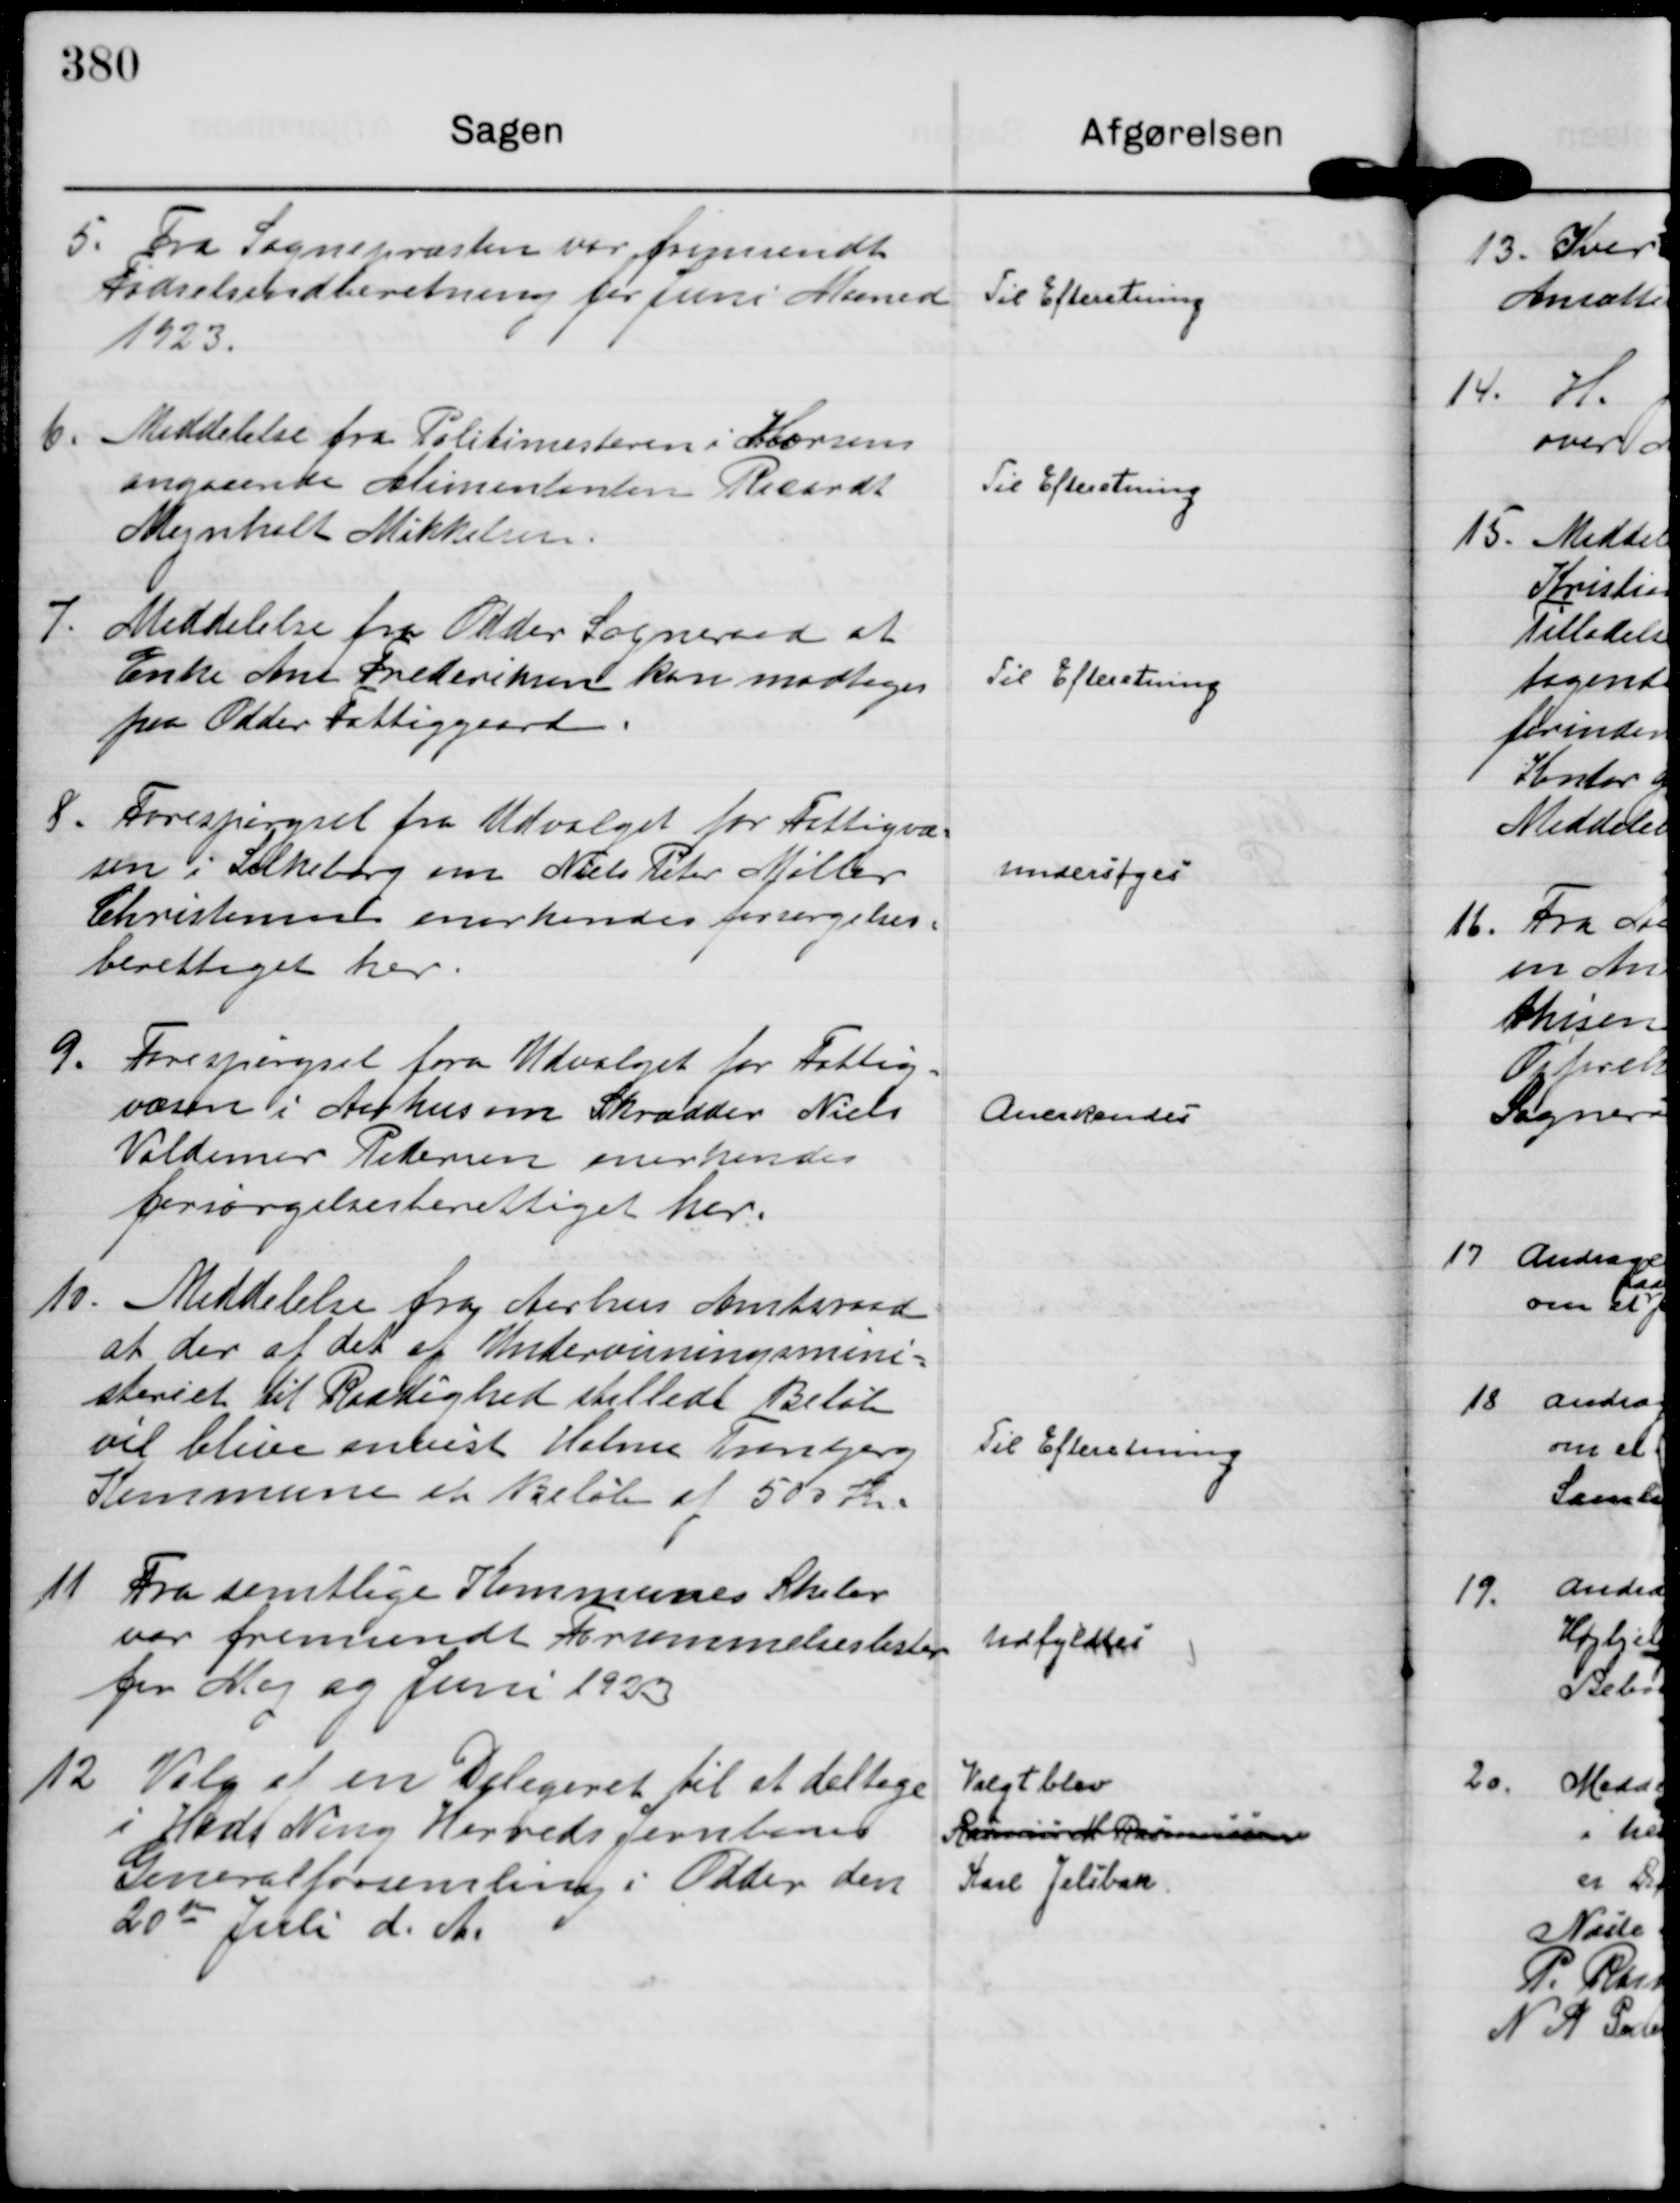
Transskription:
5.
Fra Sognepræsten var fremsendt
Fødselsindberetning for Juni Maaned
1923.

Til Efteretning

6.
Meddelelse fra Politimesteren i Horsens
angaaende Alimentanten Ricardt 
Mejnholt Mikkelsen.

Til Efteretning

7.
Meddelelse fra Odder Sogneraad at
Enke Ane Frederiksen kan modtages
paa Odder Fattiggaard.

Til Efteretning

8.
Forespørgsel fra Udvalget for Fattigvæ=
sen i Silkeborg om Niels Peter Møller
Christensen anerkendes forsørgelses=
berettiget her.

undersøges

9.
Forespørgsel fra Udvalget for Fattig=
væsen i Aarhus om Skrædder Niels
Valdemar Pedersen anerkendes
forsørgelsesberettiget her.

Anerkendes

10.
Meddelelse fra Aarhus Amtsraad
at der af det af Undervisningsmini=
steriet til Raadighed stillede Beløb
vil blive anvist Holme Tranbjerg
Kommune et Beløb af 500 Kr.

Til Efteretning

11
Fra samtlige Kommunes Skoler
var fremsendt Forsømmelseslister
for Maj og Juni 1923

Udfyldtes

12
Valg af en Delegeret til at deltage
i Hads Ning Herreds Jernbanes
Generalforsamling i Odder den
20 den Juli d. A.

Valgt blev
Rasmus M Rasmussen
Karl Jelsbak.